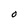
Character: O